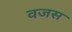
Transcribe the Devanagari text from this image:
वजस